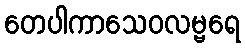
တေပါကာသေဝလမ္ဗရေ